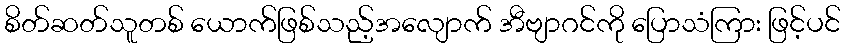
စိတ်ဆတ်သူတစ် ယောက်ဖြစ်သည့်အလျောက် အီဗျာဂင်ကို ပြောသံကြား ဖြင့်ပင်